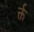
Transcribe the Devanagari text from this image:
र्क्त